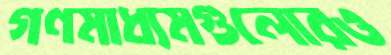
গণমাধ্যমগুলোরও